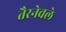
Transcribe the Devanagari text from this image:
तैरनेवले